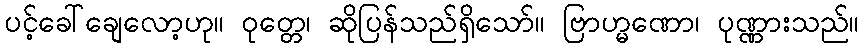
ပင့်ခေါ်ချေလော့ဟု။ ဝုတ္တေ၊ ဆိုပြန်သည်ရှိသော်။ ဗြာဟ္မဏော၊ ပုဏ္ဏားသည်။